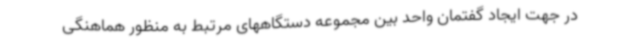
در جهت ایجاد گفتمان واحد بین مجموعه دستگاههای مرتبط به منظور هماهنگی